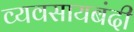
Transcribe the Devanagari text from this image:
व्यवसायबंदी